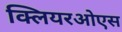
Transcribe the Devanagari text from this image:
क्लियरओएस